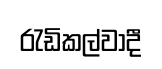
රැඩිකල්වාදී